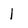
Character: 1